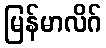
မြန်မာလိဂ်